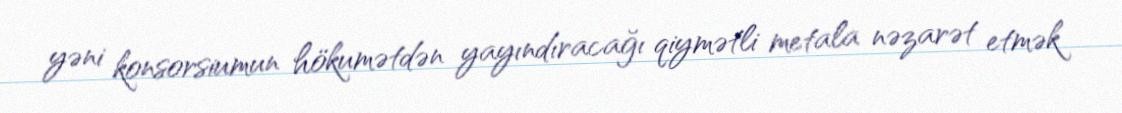
yəni konsorsiumun hökumətdən yayındıracağı qiymətli metala nəzarət etmək